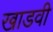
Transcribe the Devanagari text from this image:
खाडवी